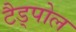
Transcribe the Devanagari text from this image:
टैड्पोल